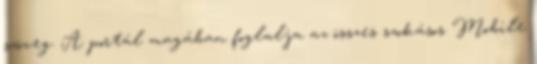
szöveg. A portál magában foglalja az összes szokásos Mobile